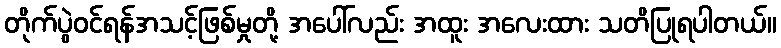
တိုက်ပွဲဝင်ရန်အသင့်ဖြစ်မှုတို့ အပေါ်လည်း အထူး အလေးထား သတိပြုရပါတယ်။